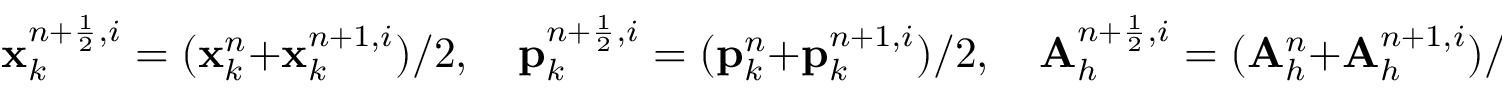
{ \mathbf x } _ { k } ^ { n + \frac { 1 } { 2 } , i } = ( { \mathbf x } _ { k } ^ { n } + { \mathbf x } _ { k } ^ { n + 1 , i } ) / 2 , \quad { \mathbf p } _ { k } ^ { n + \frac { 1 } { 2 } , i } = ( { \mathbf p } _ { k } ^ { n } + { \mathbf p } _ { k } ^ { n + 1 , i } ) / 2 , \quad { \mathbf A } _ { h } ^ { n + \frac { 1 } { 2 } , i } = ( { \mathbf A } _ { h } ^ { n } + { \mathbf A } _ { h } ^ { n + 1 , i } ) / 2 .